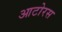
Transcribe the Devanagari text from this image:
आटोरस